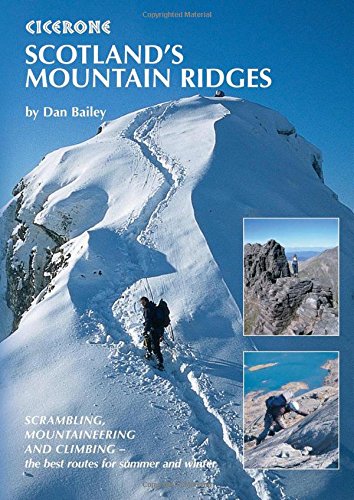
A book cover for Scotland's Mountain Ridges: Scrambling, Mountaineering and Climbing - the best routes for summer and winter (Cicerone Guides); Dan Bailey; Sports & Outdoors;